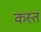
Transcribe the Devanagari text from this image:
कस्त